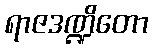
ရာဇဒဏ္ဍိတော